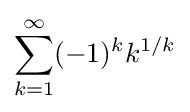
\sum _{k=1}^{\infty }(-1)^{k}k^{1/k}